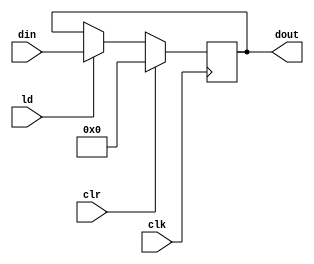
`timescale 1ns / 1ps
//////////////////////////////////////////////////////////////////////////////////
// Company: 
// Engineer: 
// 
// Design Name: 
// Module Name:    PIPO 
// Project Name: 
// Target Devices: 
// Tool versions: 
// Description: 
//
// Dependencies: 
//
// Revision: 
// Revision 0.01 - File Created
// Additional Comments: 
//
//////////////////////////////////////////////////////////////////////////////////
module PIPO(dout,din,ld,clr,clk);
input [3:0] din;
input ld,clr,clk;
output reg [3:0] dout;
always @(posedge clk)
if (clr) dout <= 4'b0;
else if (ld) dout <= din;
endmodule